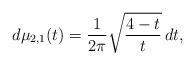
LaTeX: \begin{align*}d\mu_{2,1}(t) = \frac1{2\pi} \sqrt{\frac{4-t}t}\,dt,\end{align*}